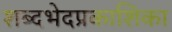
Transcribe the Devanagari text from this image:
शब्दभेदप्रकाशिका